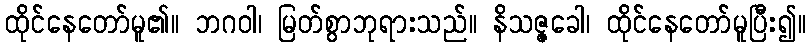
ထိုင်နေတော်မူ၏။ ဘဂဝါ၊ မြတ်စွာဘုရားသည်။ နိသဇ္ဇခေါ၊ ထိုင်နေတော်မူပြီး၍။